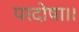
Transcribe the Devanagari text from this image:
परदोषा।।